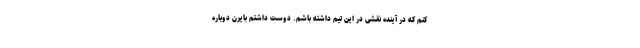
کنم که در آینده نقشی در این تیم داشته باشم. دوست داشتم بایرن دوباره